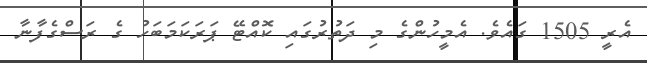
އެރީ 1505 ގައެވެ. އެމީހުންގެ މި ދަތުރުގައި ކޮއްޓޭ ޕަރަކަމަބަހު ގެ ރަސްގެފާނާ